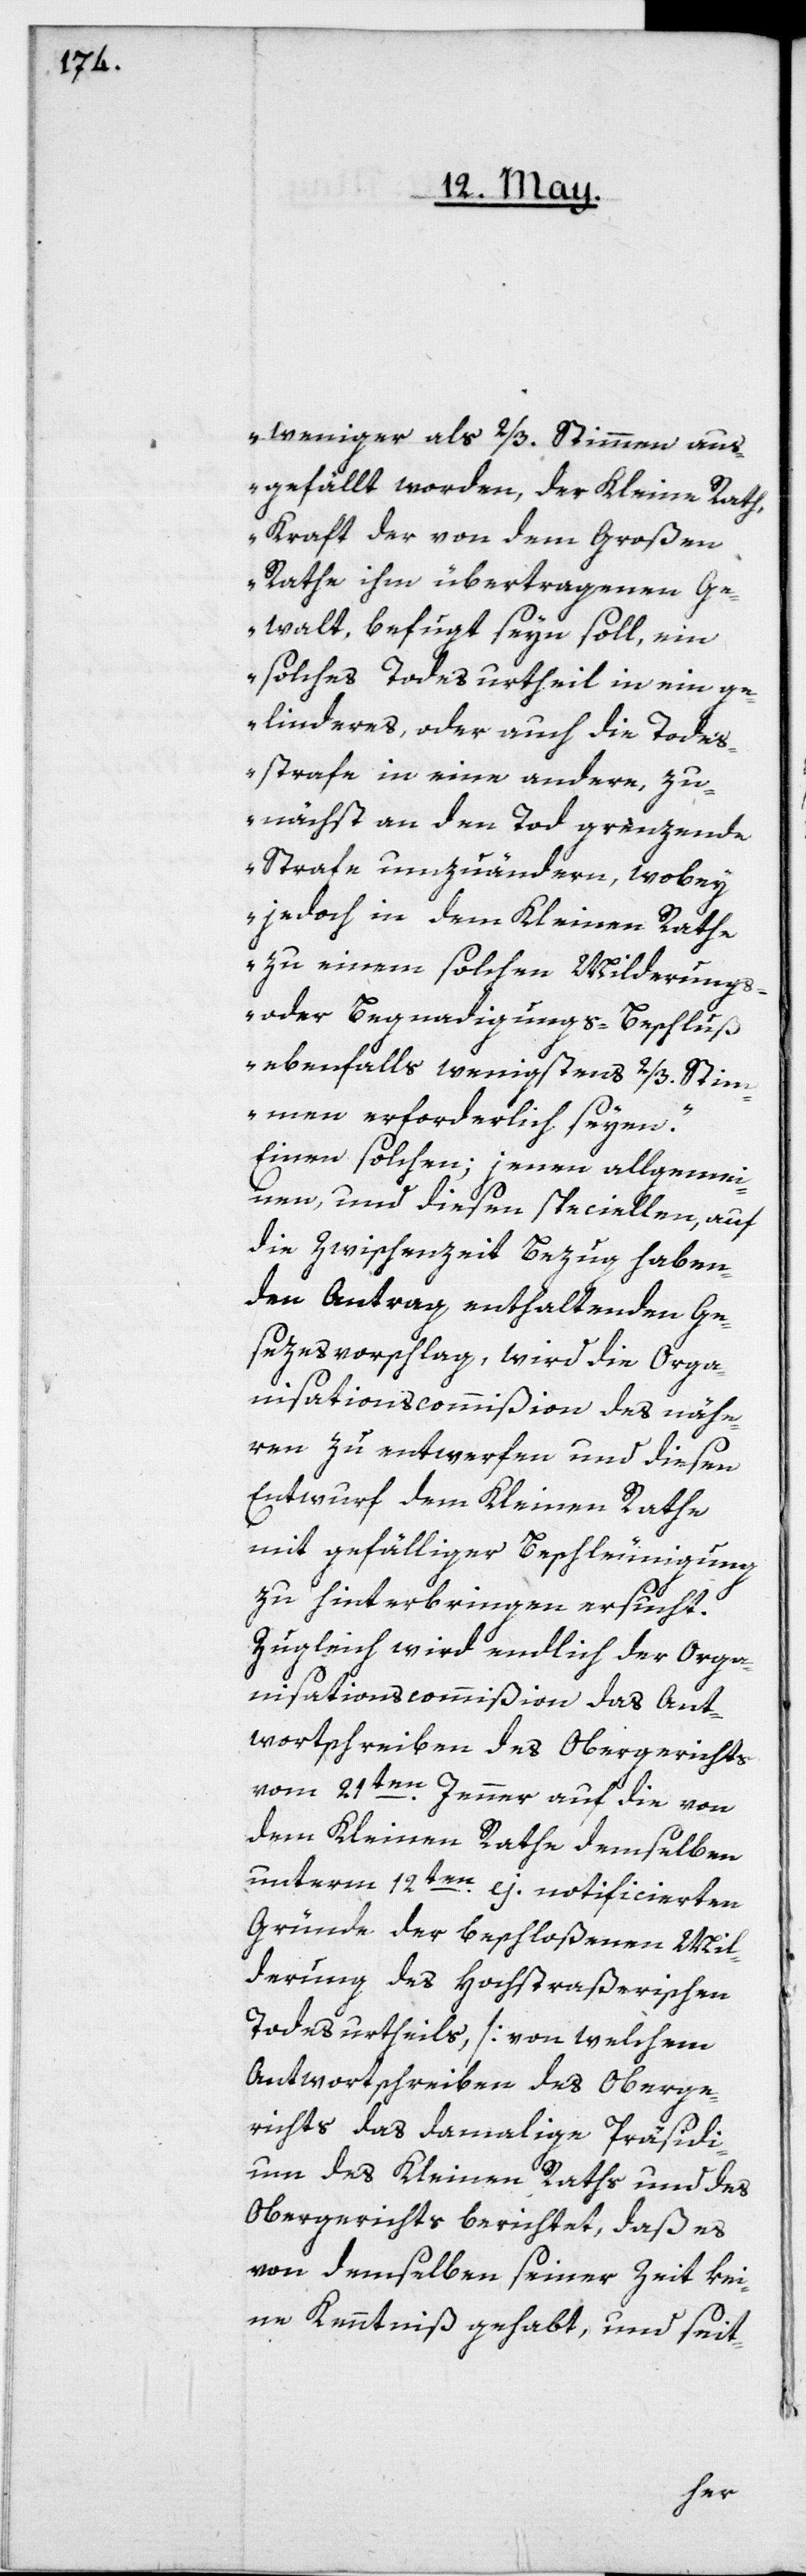
weniger als 2/3 der Stimmen aus¬
gefällt worden, der Kleine Rath,
Kraft der von dem Großen
Rathe ihm übertragenen Ge¬
walt, befugt seyn soll, ein
solches Todesurtheil in ein ge¬
linderes, oder auch die Todes¬
strafe in eine andere, zu¬
nächst an den Tod grenzende
Strafe umzuändern, wobey
jedoch in dem Kleinen Rathe
zu einem solchen Milderungs-
oder Begnadigungs-Beschluß
ebenfalls wenigstens 2/3 Stim¬
men erforderlich seyen“.
Einen solchen; jenen allgemei¬
nen, und diesen speciellen, auf
die Zwischenzeit Bezug haben¬
den Antrag, enthaltenden Ge¬
sezesvorschlag, wird die Orga¬
nisationscommißion des nähe¬
ren zu entwerfen und diesen
Entwurf dem Kleinen Rathe
mit gefälliger Beschleunigung
zu hinterbringen ersucht.
Zugleich wird endlich der Orga¬
nisationscommißion das Ant¬
wortschreiben des Obergerichts
vom 21ten Jenner auf die von
dem Kleinen Rathe demselben
unterm 12ten ej. notificierten
Gründe der beschloßenen Mil¬
derung des Hochstraßerischen
Todesurtheils [von welchem
Antwortschreiben des Oberge¬
richts das damalige Präsidi¬
um des Kleinen Raths und des
Obergerichts berichtet, daß es
von demselben seiner Zeit kei¬
ne Kenntniß gehabt, und seit-